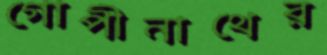
গোপীনাথের